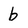
Character: b